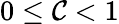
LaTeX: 0\leq\mathcal{C}<1